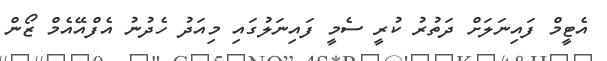
އެޓީމް ފައިނަލަށް ދަތުރު ކުރީ ސެމީ ފައިނަލުގައި މިއަދު ހެދުނު އެފްއޭއެމް ޒޯން